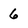
Character: 6